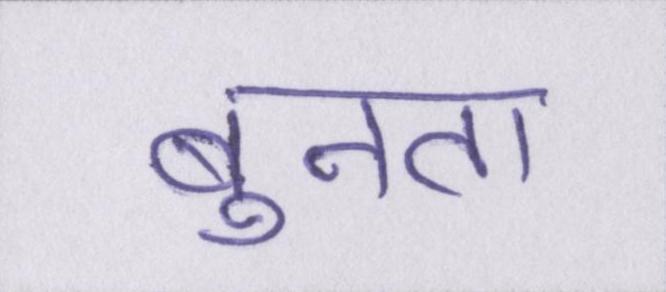
बुनता